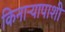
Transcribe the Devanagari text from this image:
किनाऱ्यापाशी